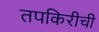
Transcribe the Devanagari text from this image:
तपकिरीची